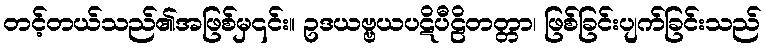
တင့်တယ်သည်၏အဖြစ်မှ၎င်း။ ဥဒယဗ္ဗယပဋိပီဠိတတ္တာ၊ ဖြစ်ခြင်းပျက်ခြင်းသည်